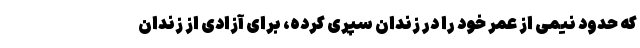
که حدود نیمی از عمر خود را در زندان سپری کرده، برای آزادی از زندان